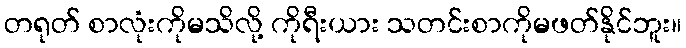
တရုတ် စာလုံးကိုမသိလို့ ကိုရီးယား သတင်းစာကိုမဖတ်နိုင်ဘူး။